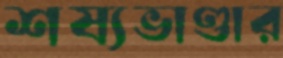
শষ্যভাণ্ডার